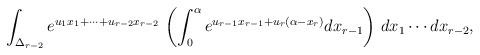
LaTeX: \begin{align*}\int_{\Delta_{r-2}} e^{u_1x_1+\cdots +u_{r-2} x_{r-2}}\,\left(\int_0^{\alpha} e^{u_{r-1} x_{r-1} + u_r (\alpha - x_r)} d x_{r-1}\right) \,dx_1\cdots dx_{r-2},\end{align*}